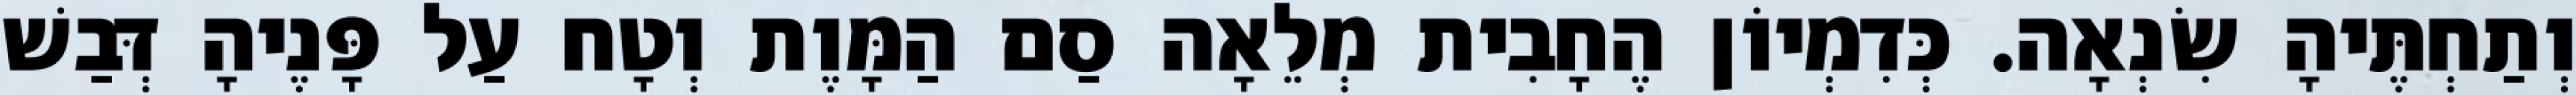
וְתַחְתֶּיהָ שִׂנְאָה. כְּדִמְיוֹן הֶחָבִית מְלֵאָה סַם הַמָּוֶת וְטָח עַל פָּנֶיהָ דְּבַשׁ